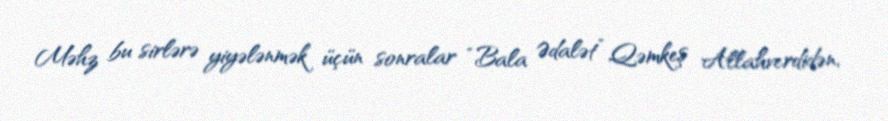
Məhz bu sirlərə yiyələnmək üçün sonralar “Bala Ədalət” Qəmkeş Allahverdidən,